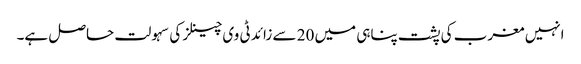
انہیں مغرب کی پشت پناہی میں 20 سے زائد ٹی وی چینلز کی سہولت حاصل ہے۔